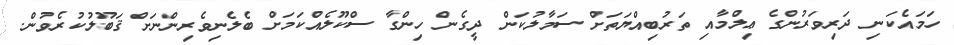
ހަމައެކަނި ދަރިވަރުންގެ ޢިލްމާއި ތަރުބިއްޔަތަށް ސަމާލުކަން ދީގެން ހިންގާ ސްކޫލެއްކަމަށް ބެލެނިވެރިންނަށް ޤަބޫލުކުރެވުން.